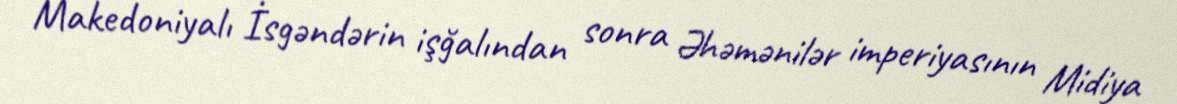
Makedoniyalı İsgəndərin işğalından sonra Əhəmənilər imperiyasının Midiya